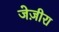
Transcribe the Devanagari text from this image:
जेज़ीरा